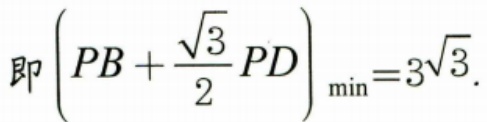
即\(\left(PB+\frac{\sqrt{3}}{2}PD\right)_{\min}=3\sqrt{3}\).